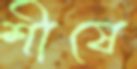
শীষে